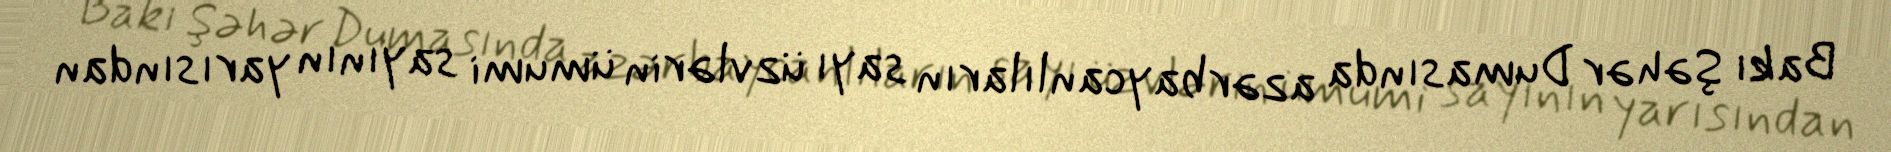
Bakı Şəhər Dumasında azərbaycanlıların sayı üzvlərin ümumi sayının yarısından